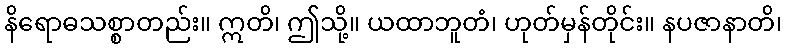
နိရောဓသစ္စာတည်း။ ဣတိ၊ ဤသို့။ ယထာဘူတံ၊ ဟုတ်မှန်တိုင်း။ နပဇာနာတိ၊